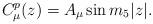
LaTeX: \begin{align*}C^p_\mu (z) = A_\mu \sin m_5 |z|.\end{align*}